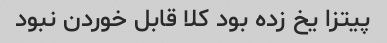
پیتزا یخ زده بود کلا قابل خوردن نبود